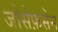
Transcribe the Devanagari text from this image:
जोसेफ़सेन